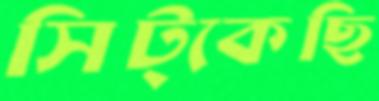
সিট্‌কেছি